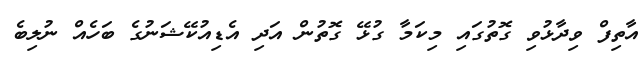
އާތިފް ވިދާޅުވި ގޮތުގައި މިކަމާ ގުޅޭ ގޮތުން އަދި އެޑިއުކޭޝަނުގެ ބަހެއް ނުލިބެ